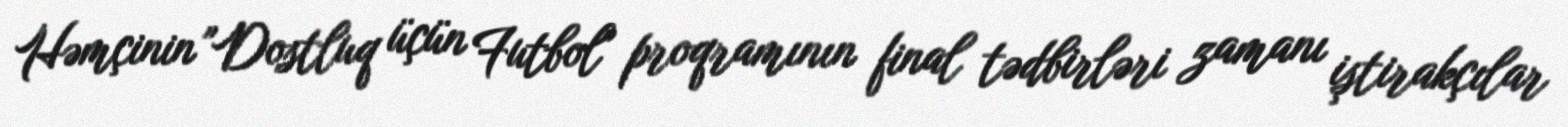
Həmçinin "Dostluq üçün Futbol" proqramının final tədbirləri zamanı iştirakçılar